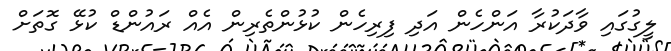
ލީގުގައި ވާދަކުރާ އަންހެން އަދި ފިރިހެން ކުޅުންތެރިން އެއް ރައުންޑް ކުޅޭ ގޮތަށް